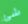
شئ